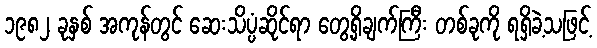
၁၉၈၂ ခုနှစ် အကုန်တွင် ဆေးသိပ္ပံဆိုင်ရာ တွေ့ရှိချက်ကြီး တစ်ခုကို ရရှိခဲ့သဖြင့်